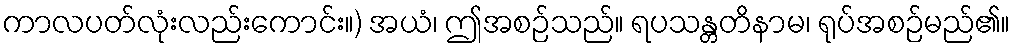
ကာလပတ်လုံးလည်းကောင်း။) အယံ၊ ဤအစဉ်သည်။ ရပသန္တတိနာမ၊ ရုပ်အစဉ်မည်၏။